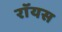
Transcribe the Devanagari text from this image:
राॅयस